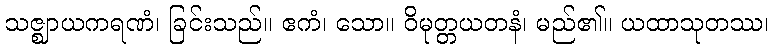
သဇ္ဈာယကရဏံ၊ ခြင်းသည်။ ဧကံ၊ သော။ ဝိမုတ္တယတနံ၊ မည်၏။ ယထာသုတဿ၊